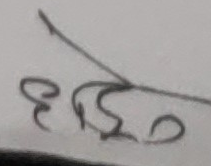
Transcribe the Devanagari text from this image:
धो